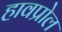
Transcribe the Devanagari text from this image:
हावप्रोल